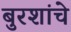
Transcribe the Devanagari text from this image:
बुरशांचे